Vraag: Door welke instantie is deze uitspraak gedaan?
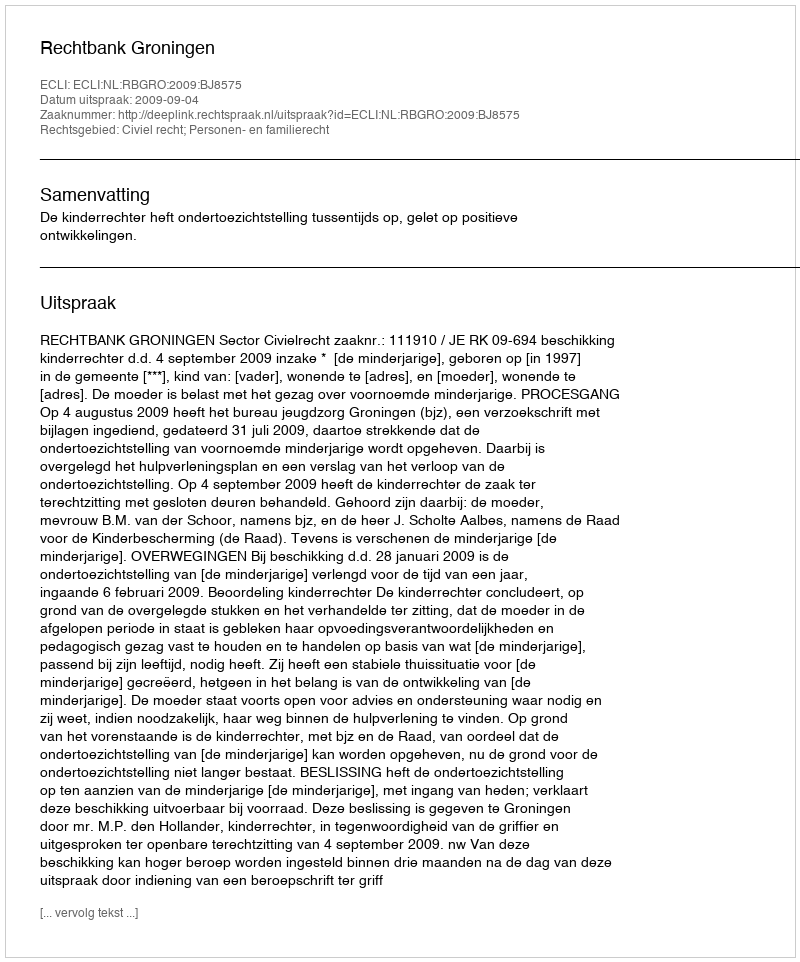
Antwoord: Rechtbank Groningen